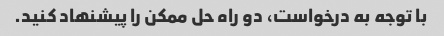
با توجه به درخواست، دو راه حل ممکن را پیشنهاد کنید.